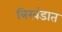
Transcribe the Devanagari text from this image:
त्रिखंडात